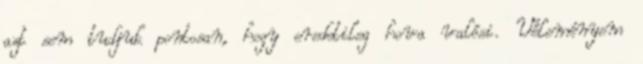
azt sem tudjuk pontosan, hogy eredetileg hova valósi. Véleményem